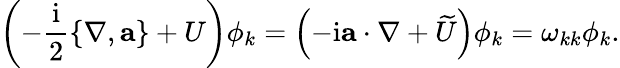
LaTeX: \left(-\frac{\mathrm{i}}{2}\{ \nabla,\mathbf{a}\} +U\right)\phi_{k}=\left(-\mathrm{i}\mathbf{a}\cdot\nabla+\widetilde{U}\right)\phi_{k}=\omega_{kk}\phi_{k}.